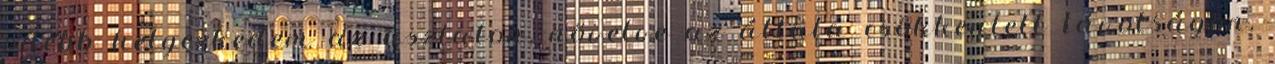
odébb helyezkedem az asztalon, növelve az általa csökkentett távolságon,